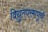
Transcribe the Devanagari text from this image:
विद्युतपरमाणूंची